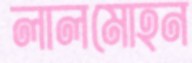
লালমোহন